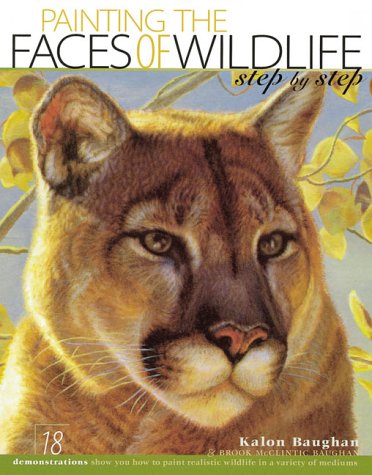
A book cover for Painting the Faces of Wildlife Step by Step; Kalon Baughan; Arts & Photography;